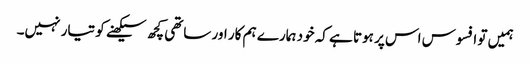
ہمیں تو افسوس اس پر ہوتا ہے کہ خود ہمارے ہم کار اور ساتھی کچھ سیکھنے کو تیار نہیں۔